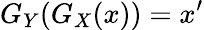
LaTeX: G_{Y}(G_{X}(x))=x^{\prime}